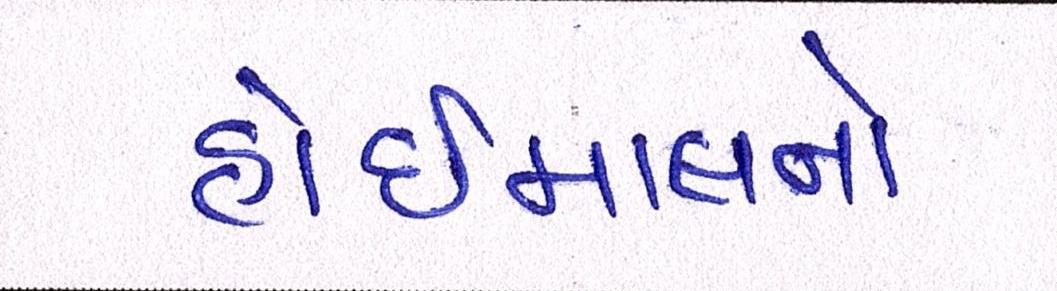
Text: હોઇમાલનો